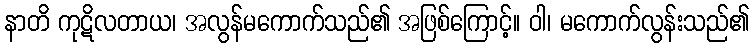
နာတိ ကုဋိလတာယ၊ အလွန်မကောက်သည်၏ အဖြစ်ကြောင့်။ ဝါ၊ မကောက်လွန်းသည်၏